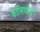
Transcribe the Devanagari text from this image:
कालिदासेन